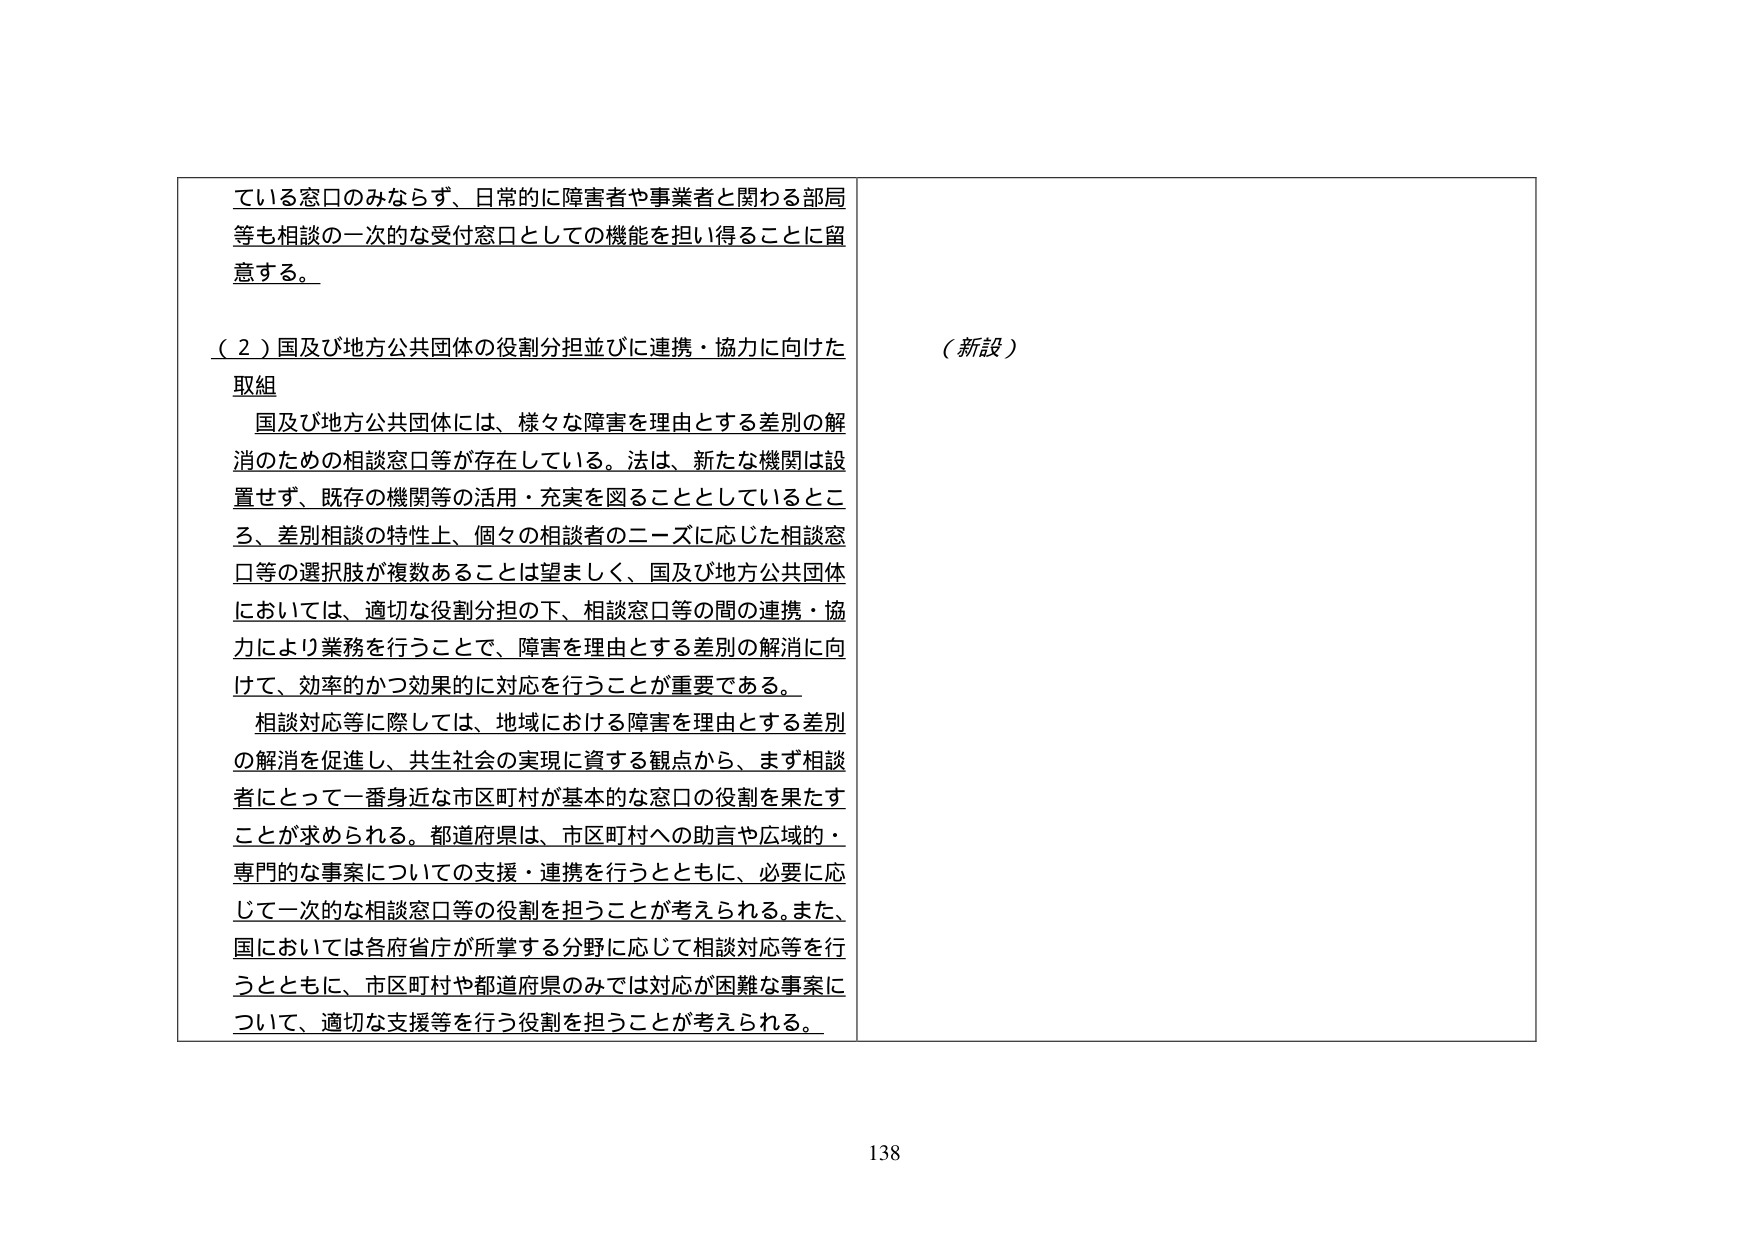
ている窓口のみならず、日常的に障害者や事業者と関わる部局等も相談の一次的な受付窓口としての機能を担い得ることに留意する。

（２）国及び地方公共団体の役割分担並びに連携・協力に向けた取組

国及び地方公共団体には、様々な障害を理由とする差別の解消のための相談窓口等が存在している。法は、新たな機関は設置せず、既存の機関等の活用・充実を図ることとしているところ、差別相談の特性上、個々の相談者のニーズに応じた相談窓口等の選択肢が複数あることは望ましく、国及び地方公共団体においては、適切な役割分担の下、相談窓口等の間の連携・協力により業務を行うことで、障害を理由とする差別の解消に向けて、効率的かつ効果的に対応を行うことが重要である。

相談対応等に際しては、地域における障害を理由とする差別の解消を促進し、共生社会の実現に資する観点から、まず相談者にとって一番身近な市区町村が基本的な窓口の役割を果たすことが求められる。都道府県は、市区町村への助言や広域的・専門的な事案についての支援・連携を行うとともに、必要に応じて一次的な相談窓口等の役割を担うことが考えられる。また、国においては各府省庁が所掌する分野に応じて相談対応等を行うとともに、市区町村や都道府県のみでは対応が困難な事案について、適切な支援等を行う役割を担うことが考えられる。

（新設）

138